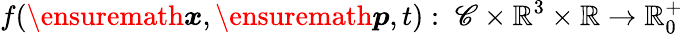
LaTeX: f(\ensuremath{\boldsymbol{x}},\ensuremath{\boldsymbol{p}},t):\; \mathscr{C}\times\mathbb{R}^{3}\times\mathbb{R}\to\mathbb{R}_{0}^{+}